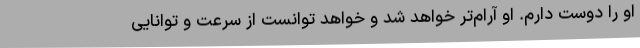
او را دوست دارم. او آرام‌تر خواهد شد و خواهد توانست از سرعت و توانایی